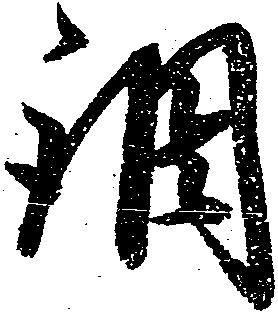
調